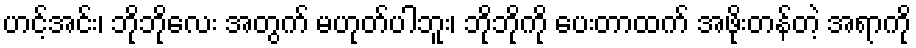
ဟင့်အင်း၊ ဘိုဘိုလေး အတွက် မဟုတ်ပါဘူး၊ ဘိုဘိုကို ပေးတာထက် အဖိုးတန်တဲ့ အရာကို